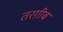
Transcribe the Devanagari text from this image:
तरग़ीब